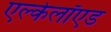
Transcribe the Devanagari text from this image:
एल्केलॉएड